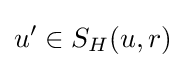
u'\in S_{H}(u,r)